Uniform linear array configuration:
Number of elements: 16
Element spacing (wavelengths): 0.75
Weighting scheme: blackman
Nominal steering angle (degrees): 0
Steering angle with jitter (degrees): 0.6098
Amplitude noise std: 0.05
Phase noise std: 0.05

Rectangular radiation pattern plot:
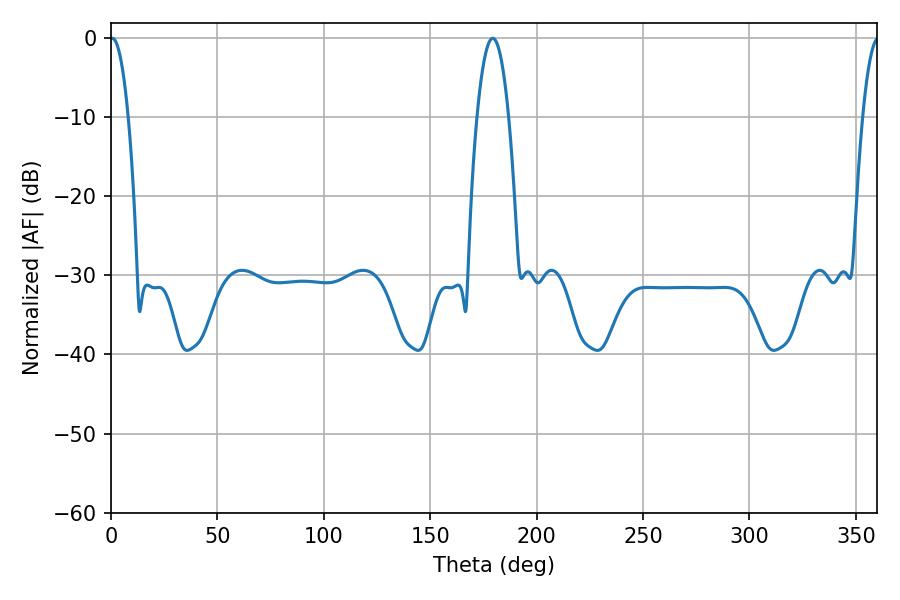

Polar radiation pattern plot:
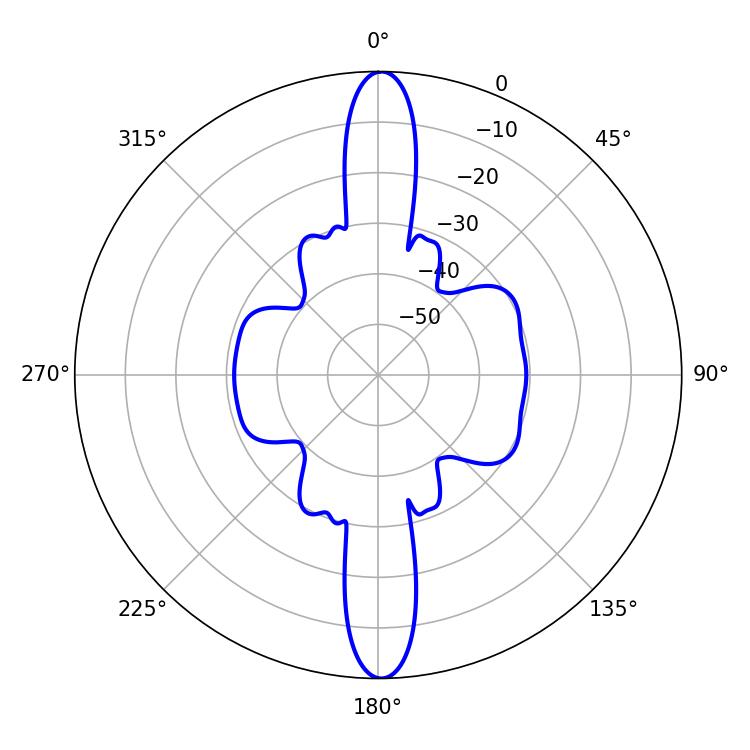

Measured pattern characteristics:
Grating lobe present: TRUE
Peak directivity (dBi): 27.435
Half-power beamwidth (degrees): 4.68
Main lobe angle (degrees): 0.54